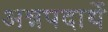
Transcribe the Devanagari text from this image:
अन्नपदार्थे